Leaving Certificate Examination (including Day School Certificate (Higher) General paper), 1932
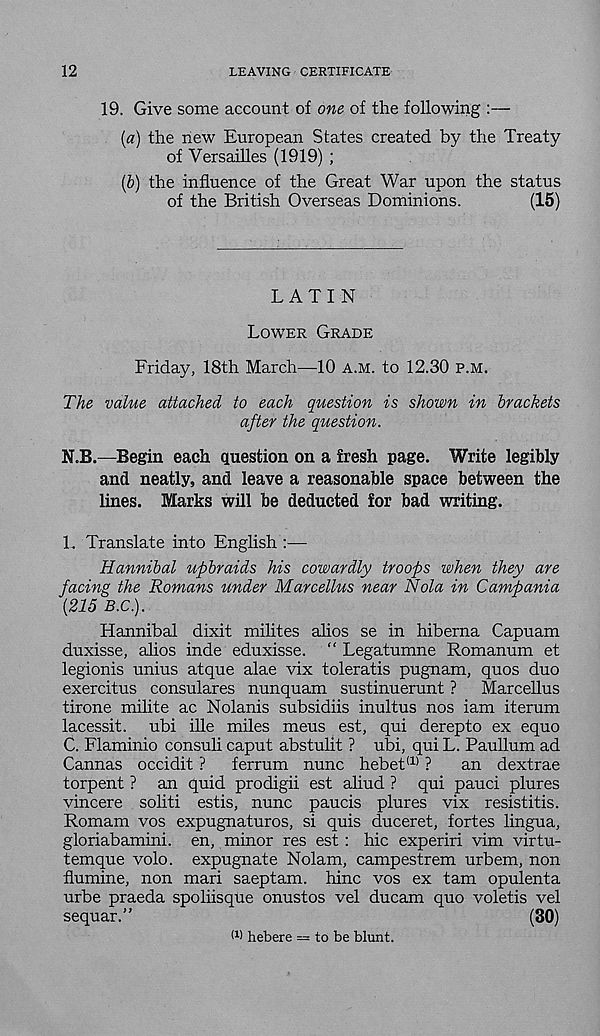
12
LEAVING CERTIFICATE
19. Give some account of one of the following :—
{a) the new European States created by the Treaty
of Versailles (1919) ;
[b) the influence of the Great War upon the status
of the British Overseas Dominions.
(15)
LATIN
LOWER GRADE
Friday, 18th March—10 A.M. to 12.30 P.M.
The value attached to each question is shown in brackets
after the question.
N„B.—Begin each question on a fresh page. Write legibly
and neatly, and leave a reasonable space between the
lines. Marks will be deducted for bad writing.
L Translate into English :—
Hannibal upbraids his cowardly troops when they are
facing the Romans under Marcellus near Nola in Campania
{215 B.C).
Hannibal dixit milites alios se in hiberna Capuam
duxisse, alios inde eduxisse. “ Legatumne Romanum et
legionis unius atque alae vix toleratis pugnam, quos duo
exercitus consulares nunquam sustinuerunt ? Marcellus
tirone milite ac Nolanis subsidiis inultus nos iam iterum
lacessit. ubi ille miles meus est, qui derepto ex equo
C. Flaminio consuli caput abstulit ? ubi, qui L. Paullum ad
Gannas occidit ? ferrum nunc hebet (1) ?
an dextrae
torpent ? an quid prodigii est aliud ? qui pauci plures
vincere soliti estis, nunc paucis plures vix resistitis.
Romam vos expugnaturos, si quis duceret, fortes lingua,
gloriabamini. en, minor res est : hie experiri vim virtu-
temque volo. expugnate Nolam, campestrem urbem, non
flumine, non mari saeptam. hinc vos ex tarn opulenta
urbe praeda spoliisque onustos vel ducam quo voletis vel
sequar.
(30)
(1 > hebere = to be blunt.